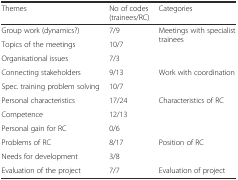
<table><thead><tr><td><b>Themes</b></td><td><b>No of codes (trainees/RC)</b></td><td><b>Categories</b></td></tr></thead><tbody><tr><td>Group work (dynamics?)</td><td>7/9</td><td rowspan="3">Meetings with specialist trainees</td></tr><tr><td>Topics of the meetings</td><td>10/7</td></tr><tr><td>Organisational issues</td><td>7/3</td></tr><tr><td>Connecting stakeholders</td><td>9/13</td><td rowspan="2">Work with coordination</td></tr><tr><td>Spec. training problem solving</td><td>10/7</td></tr><tr><td>Personal characteristics</td><td>17/24</td><td rowspan="3">Characteristics of RC</td></tr><tr><td>Competence</td><td>12/13</td></tr><tr><td>Personal gain for RC</td><td>0/6</td></tr><tr><td>Problems of RC</td><td>8/17</td><td rowspan="2">Position of RC</td></tr><tr><td>Needs for development</td><td>3/8</td></tr><tr><td>Evaluation of the project</td><td>7/7</td><td>Evaluation of project</td></tr></tbody></table>